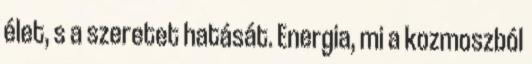
élet, s a szeretet hatását. Energia, mi a kozmoszból